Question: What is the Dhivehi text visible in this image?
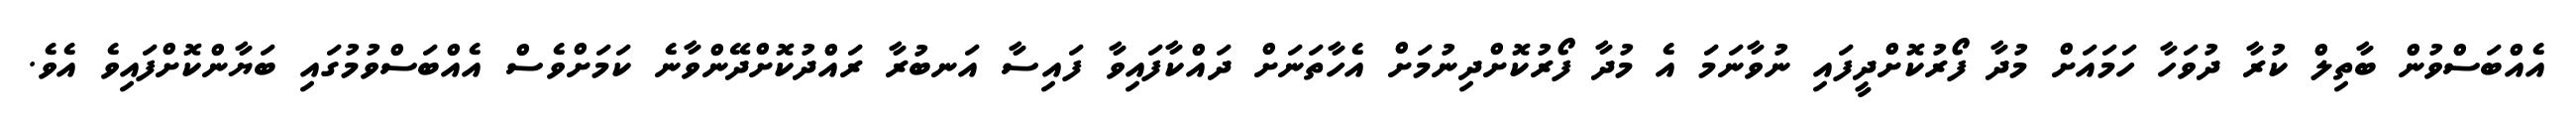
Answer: އެއްބަސްވުން ބާތިލް ކުރާ ދުވަހާ ހަމައަށް މުދާ ފޯރުކޮށްދީފައި ނުވާނަމަ އެ މުދާ ފޯރުކޮށްދިނުމަށް އެހާތަނަށް ދައްކާފައިވާ ފައިސާ އަނބުރާ ރައްދުކޮށްދޭންވާނެ ކަމަށްވެސް އެއްބަސްވުމުގައި ބަޔާންކޮށްފައިވެ އެވެ.